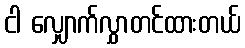
ငါ လျှောက်လွှာတင်ထားတယ်